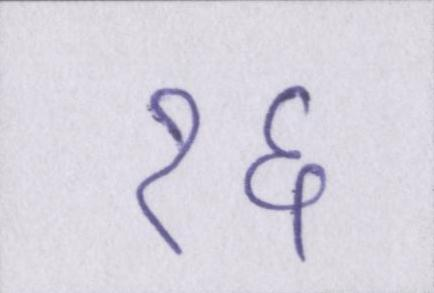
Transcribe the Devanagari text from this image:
१६